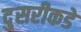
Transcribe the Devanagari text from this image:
दु्सरीकडे